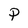
Character: P